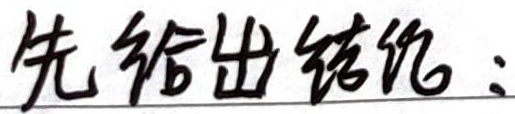
先给出结论：